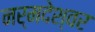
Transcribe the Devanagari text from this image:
नर्मदेश्‍वर